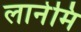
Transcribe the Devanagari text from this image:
लानेमि